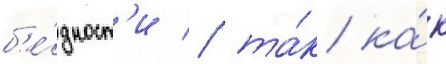
б'е́дност'и / та́к ка́к